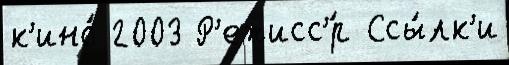
к'ино́ 2003 Р'ежисс'́р Ссы́лк'и